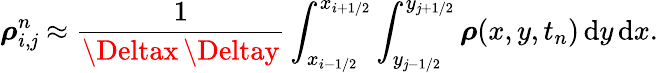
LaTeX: \boldsymbol{\rho}_{i,\mathit{j}}^{n}\approx\frac{{1}}{{\Deltax\, \Deltay}}\int_{x_{i-1/2}}^{x_{i+1/2}}\int_{y_{\mathit{j}-1/2}}^{y_{\mathit{j}+1/2}}\boldsymbol{\rho}(x,y,t_{n})\, \mathrm{{d}}y\, \mathrm{{d}}x.